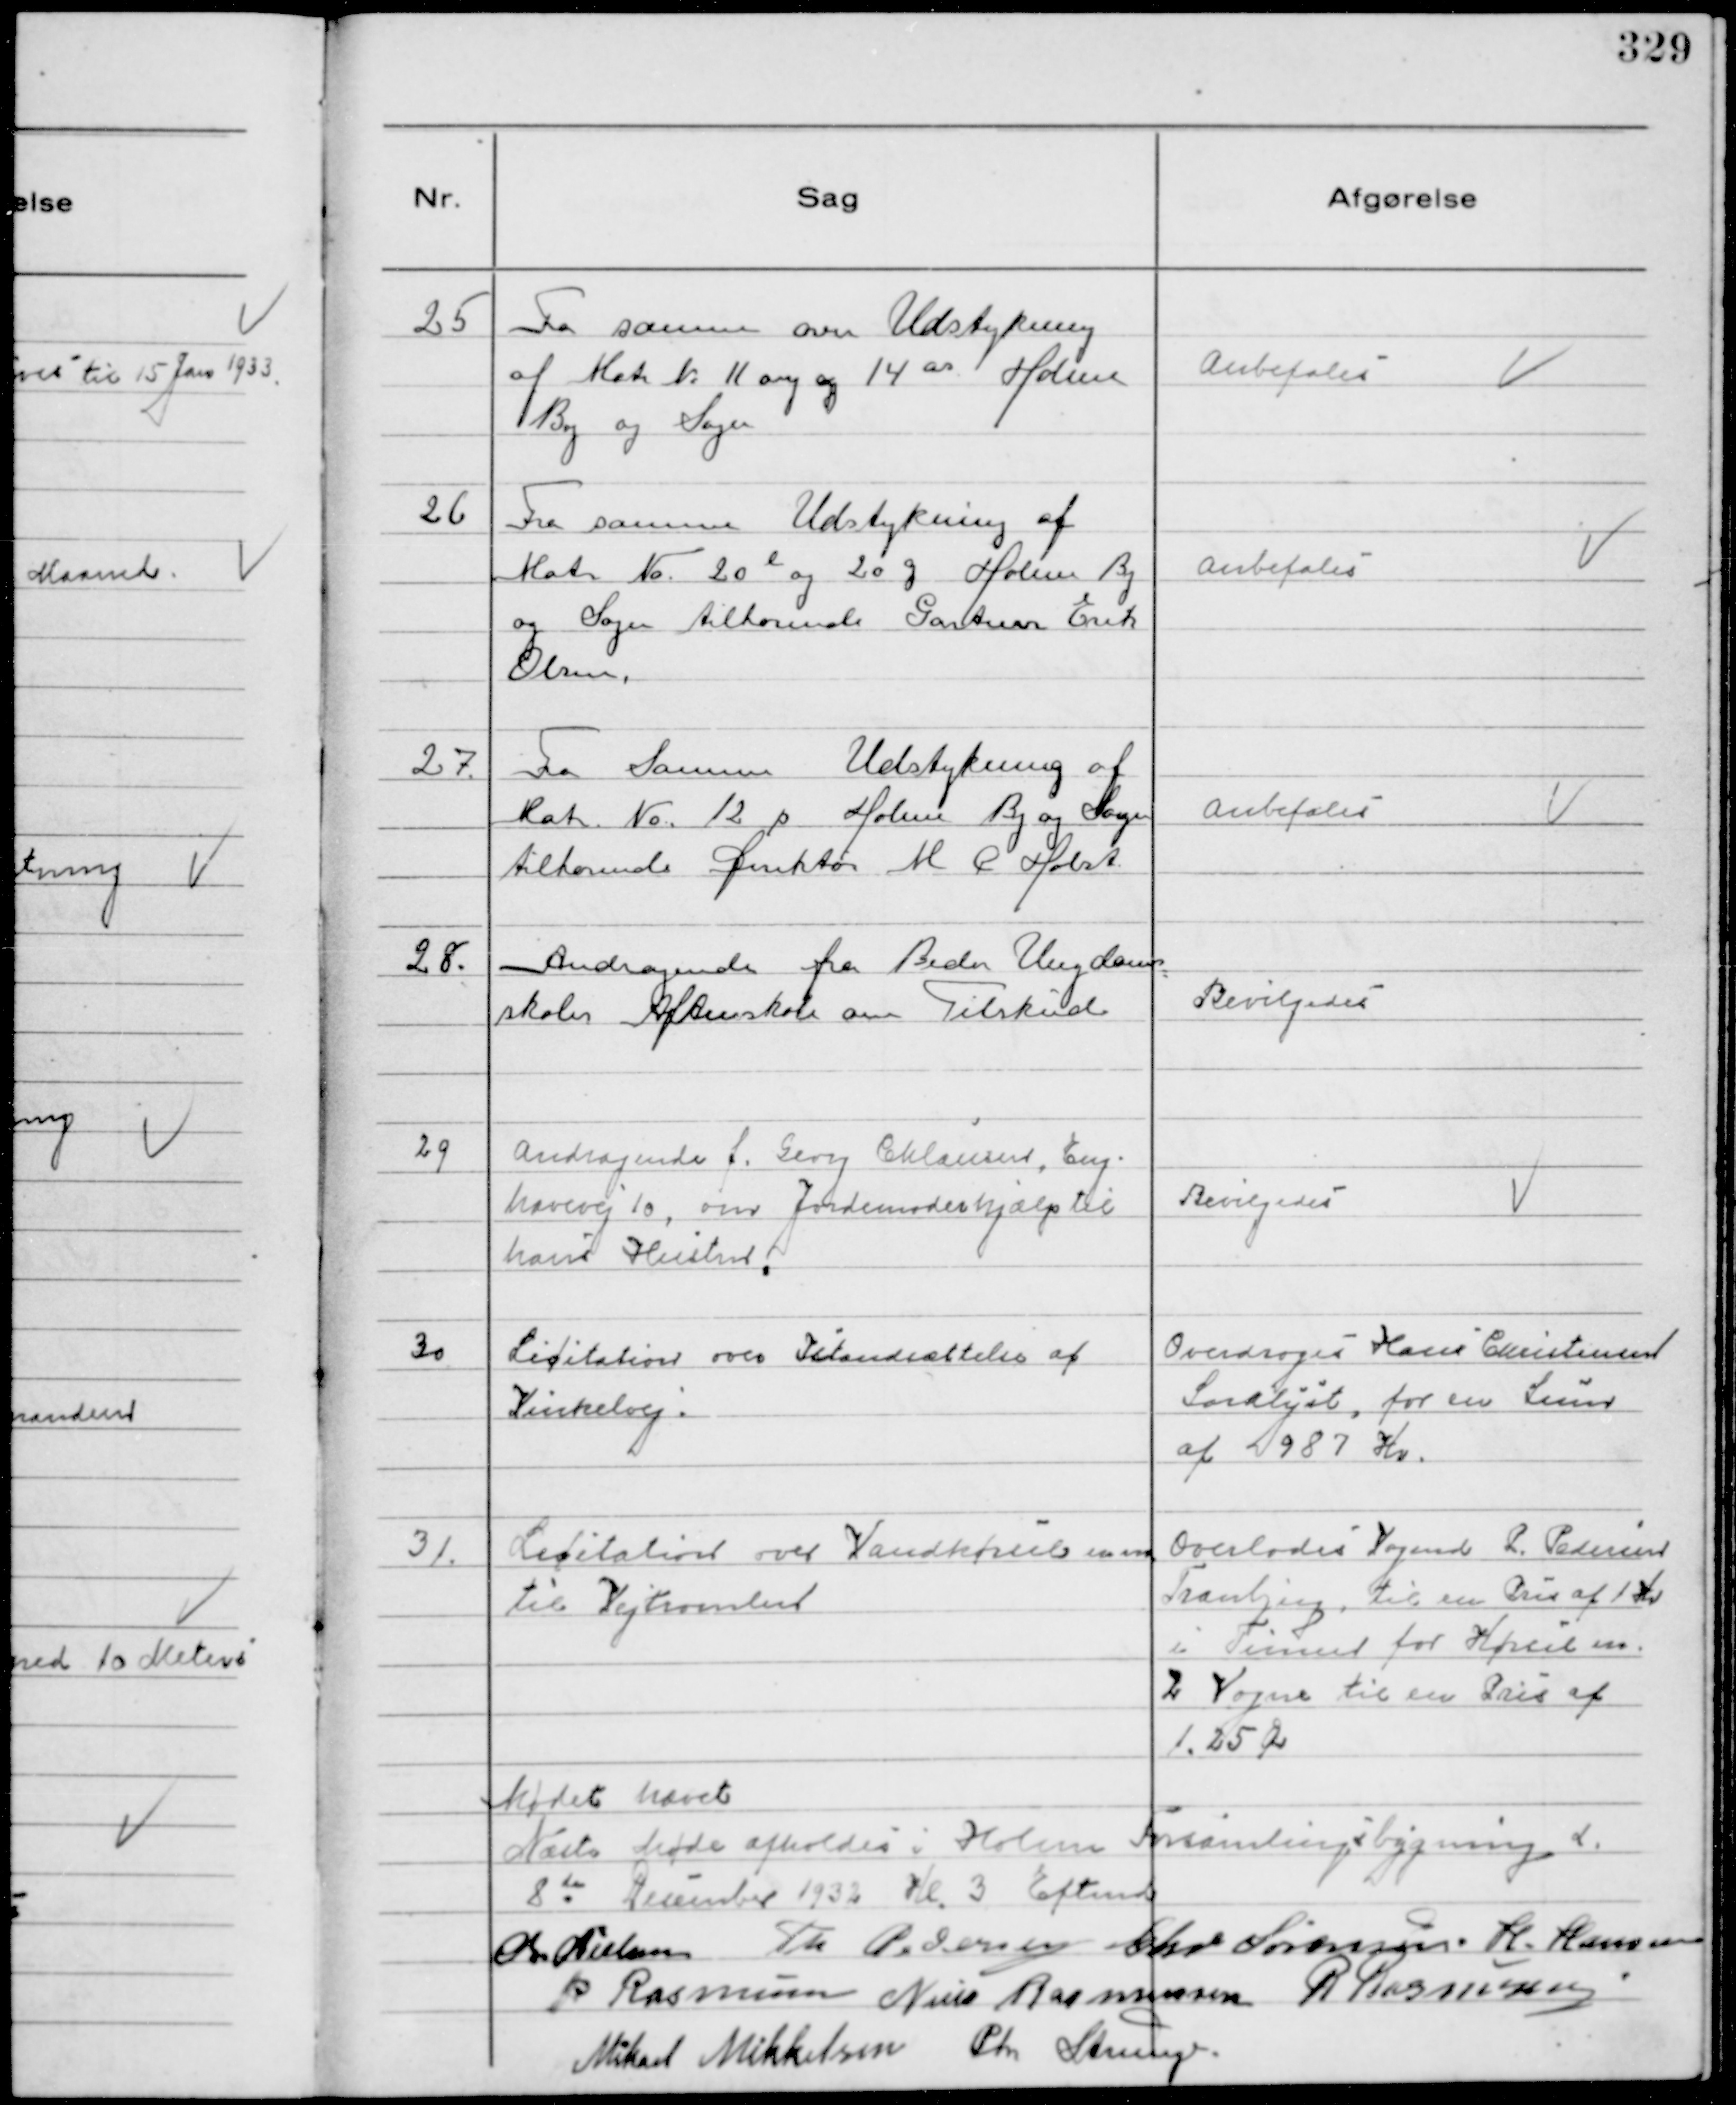
Transskription:
25
Fra samme over Udstykning
af Matr №11 ay og 14 as Holme
By og Sogn

Anbefales

26
Fra samme Udstykning af
Matr № 20 l og 20 g Holme By
og Sogn tilhørende Gartner Erik
Olsen.

Anbefales

27.
Fra Samme Udstykning af
Matr. № 12 p Holme By og Sogn
tilhørende Direktør M P Holst

Anbefales

28.
Andragende fra Beder Ungdoms
skoles Aftenskole om Tilskud

Bevilgedes

29
Andragende f. Georg Chlausen, Eng-
havevej 10, om Jordemoderhjælp til
hans Hustru.

Bevilgedes

30
Licitation over Istandsættelse af
Vinkelvej.

Overdroges Hans Christensen
Saralyst, for en Sum
af 987 Kr.

31.
Licitation over Vandkørsel m m 
til Vejtromlen

Overlodes Vognmd P. Pedersen
Tranbjerg, til en Pris af 1 Kr
i Timen for Kørsel m.
2 Vogne til en Pris af
1.25 Ør

Mødet hævet
Næste Møde afholdes i Holme Forsamlingsbygning d.
8 de December 1932 Kl. 3 Eftmd
Chr Nielsen Th Pedersen Chr Sørensen H. Hansen
P Rasmussen Niels Rasmussen R Rasmussen
Mikael Mikkelsen Chr Strunge.